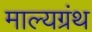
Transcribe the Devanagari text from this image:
माल्यग्रंथ